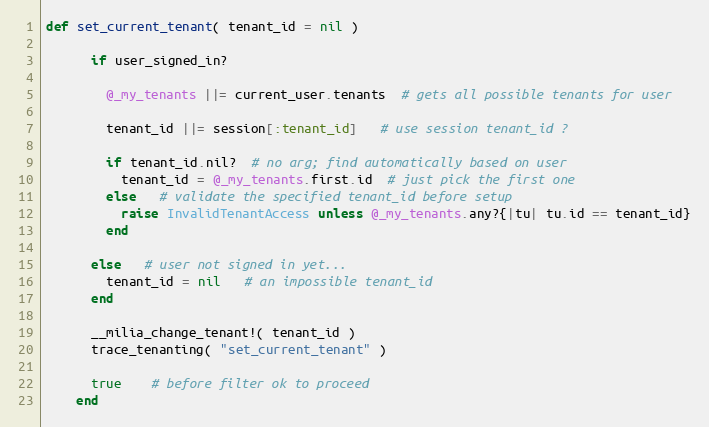
Language: Ruby
def set_current_tenant( tenant_id = nil )

      if user_signed_in?

        @_my_tenants ||= current_user.tenants  # gets all possible tenants for user

        tenant_id ||= session[:tenant_id]   # use session tenant_id ?

        if tenant_id.nil?  # no arg; find automatically based on user
          tenant_id = @_my_tenants.first.id  # just pick the first one
        else   # validate the specified tenant_id before setup
          raise InvalidTenantAccess unless @_my_tenants.any?{|tu| tu.id == tenant_id}
        end

      else   # user not signed in yet...
        tenant_id = nil   # an impossible tenant_id
      end

      __milia_change_tenant!( tenant_id )
      trace_tenanting( "set_current_tenant" )

      true    # before filter ok to proceed
    end